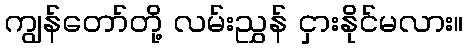
ကျွန်တော်တို့ လမ်းညွှန် ငှားနိုင်မလား။